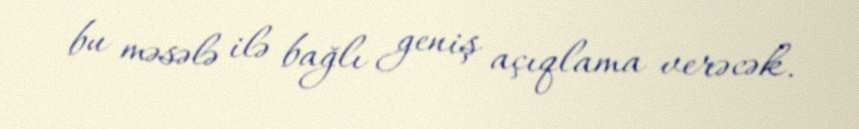
bu məsələ ilə bağlı geniş açıqlama verəcək.